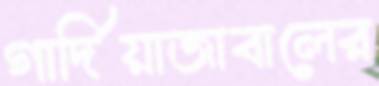
গার্দিয়াজাবালের